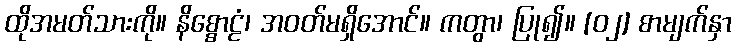
ထိုအမတ်သားကို။ နိစ္စောဠံ၊ အဝတ်မရှိအောင်။ ကတွာ၊ ပြု၍။ [၀၂] စာမျက်နှာ